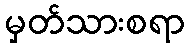
မှတ်သားစရာ